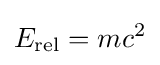
E_{\text{rel}}=mc^{2}